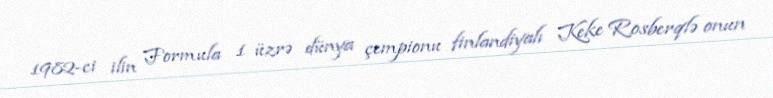
1982-ci ilin Formula 1 üzrə dünya çempionu finlandiyalı Keke Rosberqlə onun